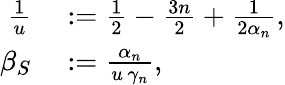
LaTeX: \begin{array}{rl}{\frac{1}{u}}&{{}\mathrel{\mathop:}=\frac{1}{2}-\frac{3n}{2}+\frac{1}{2\alpha_{n}},}\\ {\beta_{S}}&{{}\mathrel{\mathop:}=\frac{\alpha_{n}}{u\, \gamma_{n}},}\end{array}